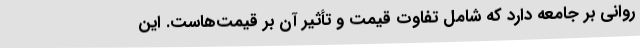
روانی بر جامعه دارد که شامل تفاوت قیمت و تأثیر آن بر قیمت‌هاست. این